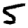
Digit: 5